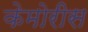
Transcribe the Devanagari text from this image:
केमोरीस